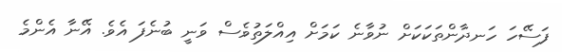
ފަސޭހަ ހަނދާންތަކަކަށް ނުވާނެ ކަމަށް އިއްލަތުވެސް ވަނީ ބުނެފަ އެވެ. އޭނާ އެންމެ